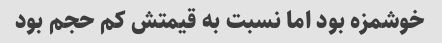
خوشمزه بود اما نسبت به قیمتش کم حجم بود